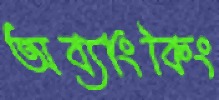
অব্যাংকিং